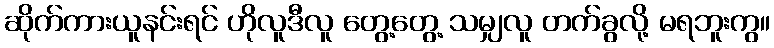
ဆိုက်ကားယူနင်းရင် ဟိုလူဒီလူ တွေ့တွေ့ သမျှလူ တက်ခွလို့ မရဘူးကွ။